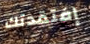
إفتقدتك